Report of the Indian Hemp Drugs Commission, 1894-1895 - Volume V
Year: 1894
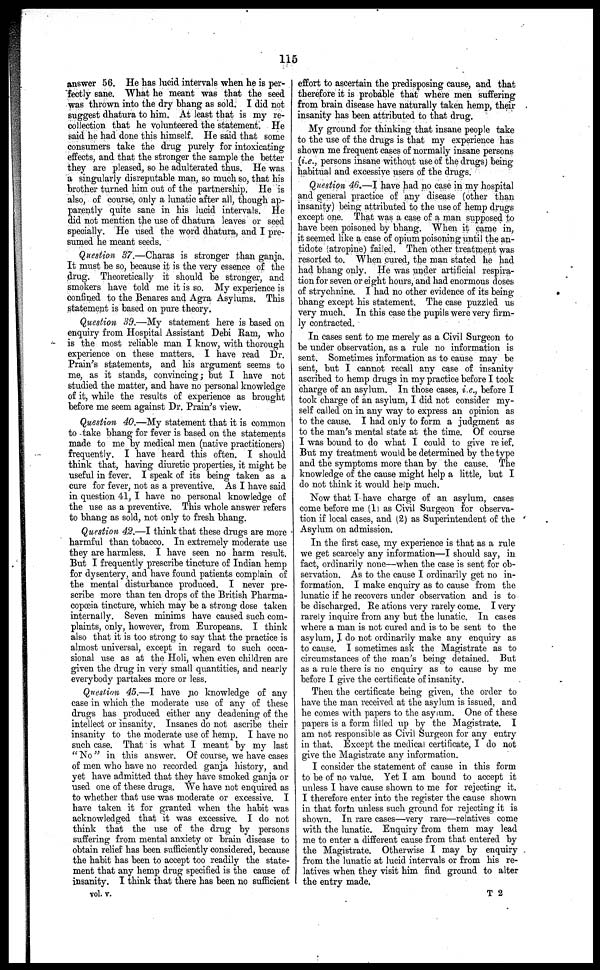
115
answer 56. He has lucid intervals when he is per-
fectly sane. What he meant was that the seed
was thrown into the dry bhang as sold. I did not
suggest dhatura to him. At least that is my re-
collection that he volunteered the statement. He
said he had done this himself. He said that some
consumers take the drug purely for intoxicating
effects, and that the stronger the sample the better
they are pleased, so he adulterated thus. He was
a singularly disreputable man, so much so, that his
brother turned him out of the partnership. He is
also, of course, only a lunatic after all, though ap-
parently quite sane in his lucid intervals. He
did not mention the use of dhatura leaves or seed
specially. He used the word dhatura, and I pre-
sumed he meant seeds.
Question 37.—Charas is stronger than ganja.
It must be so, because it is the very essence of the
drug. Theoretically it should be stronger, and
smokers have told me it is so. My experience is
confined to the Benares and Agra Asylums. This
statement is based on pure theory.
Question 39.—My statement here is based on
enquiry from Hospital Assistant Debi Ram, who
is the most reliable man I know, with thorough
experience on these matters. I have read Dr.
Prain's statements, and his argument seems to
me, as it stands, convincing; but I have not
studied the matter, and have no personal knowledge
of it, while the results of experience as brought
before me seem against Dr. Prain's view.
Question 40.—My statement that it is common
to take bhang for fever is based on the statements
made to me by medical men (native practitioners)
frequently. I have heard this often. I should
think that, having diuretic properties, it might be
useful in fever. I speak of its being taken as a
cure for fever, not as a preventive. As I have said
in question 41, I have no personal knowledge of
the use as a preventive. This whole answer refers
to bhang as sold, not only to fresh bhang.
Question 42.—I think that these drugs are more
harmful than tobacco. In extremely moderate use
they are harmless. I have seen no harm result.
But I frequently prescribe tincture of Indian hemp
for dysentery, and have found patients complain of
the mental disturbance produced. I never pre-
scribe more than ten drops of the British Pharma-
copoeia tincture, which may be a strong dose taken
internally. Seven minims have caused such com-
plaints, only, however, from Europeans. I think
also that it is too strong to say that the practice is
almost universal, except in regard to such occa-
sional use as at the Holi, when even children are
given the drug in very small quantities, and nearly
everybody partakes more or less.
Question 45.—I have no knowledge of any
case in which the moderate use of any of these
drugs has produced either any deadening of the
intellect or insanity. Insanes do not ascribe their
insanity to the moderate use of hemp. I have no
such case. That is what I meant by my last
" No " in this answer. Of course, we have cases
of men who have no recorded ganja history, and
yet have admitted that they have smoked ganja or
used one of these drugs. We have not enquired as
to whether that use was moderate or excessive. I
have taken it for granted when the habit was
acknowledged that it was excessive. I do not
think that the use of the drug by persons
suffering from mental anxiety or brain disease to
obtain relief has been sufficiently considered, because
the habit has been to accept too readily the state-
ment that any hemp drug specified is the cause of
insanity. I think that there has been no sufficient
effort to ascertain the predisposing cause, and that
therefore it is probable that where men suffering
from brain disease have naturally taken hemp, their
insanity has been attributed to that drug.
My ground for thinking that insane people take
to the use of the drugs is that my experience has
shown me frequent cases of normally insane persons
(i.e., persons insane without use of the drugs) being
habitual and excessive users of the drugs.
Question 46.—I have had no case in my hospital
and general practice of any disease (other than
insanity) being attributed to the use of hemp drugs
except one. That was a case of a man supposed to
have been poisoned by bhang. When it came in,
it seemed like a case of opium poisoning until the an-
tidote (atropine) failed. Then other treatment was
resorted to. When cured, the man stated he had
had bhang only. He was under artificial respira-
tion for seven or eight hours, and had enormous doses
of strychnine. I had no other evidence of its being
bhang except his statement. The case puzzled us
very much. In this case the pupils were very firm-
ly contracted.
In cases sent to me merely as a Civil Surgeon to
be under observation, as a rule no information is
sent. Sometimes information as to cause may be
sent, but I cannot recall any case of insanity
ascribed to hemp drugs in my practice before I took
charge of an asylum. In those cases, i.e., before I
took charge of an asylum, I did not consider my-
self called on in any way to express an opinion as
to the cause. I had only to form a judgment as
to the man's mental state at the time. Of course
I was bound to do what I could to give re ief.
But my treatment would be determined by the type
and the symptoms more than by the cause. The
knowledge of the cause might help a little, but I
do not think it would help much.
Now that I have charge of an asylum, cases
come before me (1) as Civil Surgeon for observa-
tion if local cases, and (2) as Superintendent of the
Asylum on admission.
In the first case, my experience is that as a rule
we get scarcely any information—I should say, in
fact, ordinarily none—when the case is sent for ob-
servation. As to the cause I ordinarily get no in-
formation. I make enquiry as to cause from the
lunatic if he recovers under observation and is to
be discharged. Re ations very rarely come. I very
rarely inquire from any but the lunatic. In cases
where a man is not cured and is to be sent to the
asylum, I do not ordinarily make any enquiry as
to cause. I sometimes ask the Magistrate as to
circumstances of the man's being detained. But
as a rule there is no enquiry as to cause by me
before I give the certificate of insanity.
Then the certificate being given, the order to
have the man received at the asylum is issued, and
he comes with papers to the asyrum. One of these
papers is a form filled up by the Magistrate. I
am not responsible as Civil Surgeon for any entry
in that. Except the medical certificate, I do not
give the Magistrate any information.
I consider the statement of cause in this form
to be of no value. Yet I am bound to accept it
unless I have cause shown to me for rejecting it.
I therefore enter into the register the cause shown
in that form unless such ground for rejecting it is
shown. In rare cases—very rare—relatives come
with the lunatic. Enquiry from them may lead
me to enter a different cause from that entered by
the Magistrate. Otherwise I may by enquiry
from the lunatic at lucid intervals or from his re-
latives when they visit him find ground to alter
the entry made.
vol. v.
T 2